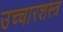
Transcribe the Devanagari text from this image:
उच्चारशस्त्र